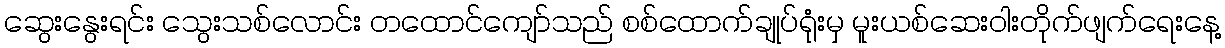
ဆွေးနွေးရင်း သွေးသစ်လောင်း တထောင်ကျော်သည် စစ်ထောက်ချုပ်ရုံးမှ မူးယစ်ဆေးဝါးတိုက်ဖျက်ရေးနေ့